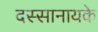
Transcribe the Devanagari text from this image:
दस्सानायके